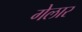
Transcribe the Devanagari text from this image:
गेलार